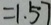
= 1 . 5 7